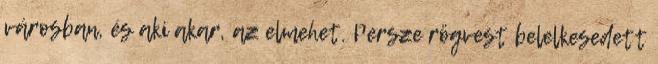
városban, és aki akar, az elmehet. Persze rögvest belelkesedett